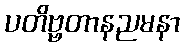
ပတိဗ္ဗတာနညမနာ